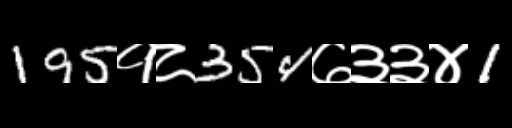
Text: 195१८354७३३४1